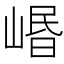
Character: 㟭